Indian journal of veterinary science and animal husbandry - Volume 2,
Year: 1932
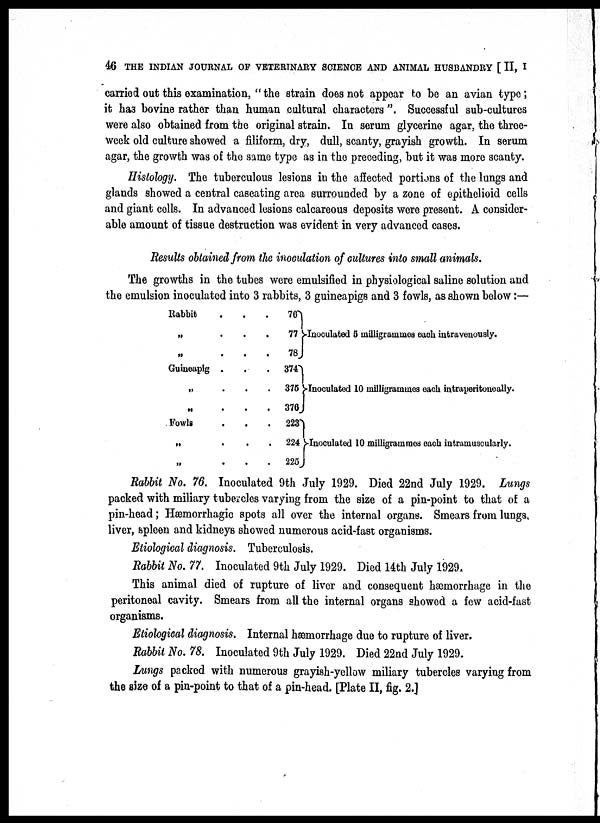
46 THE INDIAN JOURNAL OF VETERINARY SCIENCE AND ANIMAL HUSBANDRY [ II, I
carried out this examination, "the strain does not appear to be an avian type;
it has bovine rather than human cultural characters ". Successful sub-cultures
were also obtained from the original strain. In serum glycerine agar, the three-
week old culture showed a filiform, dry, dull, scanty, grayish growth. In serum
agar, the growth was of the same type as in the preceding, but it was more scanty.
Histology. The tuberculous lesions in the affected portions of the lungs and
glands showed a central caseating area surrounded by a zone of epithelioid cells
and giant cells. In advanced lesions calcareous deposits were present. A consider-
able amount of tissue destruction was evident in very advanced cases.
Results obtained from the inoculation of cultures into small animals.
The growths in the tubes were emulsified in physiological saline solution and
the emulsion inoculated into 3 rabbits, 3 guineapigs and 3 fowls, as shown below:—
Rabbit
„
„
Guineapig
„
„
Fowls
„
„
.
.
.
.
.
.
.
.
.
.
.
.
.
.
.
.
.
.
.
.
.
.
.
.
.
.
.
76
77
78
374
375
376
223
224
225
} Inoculated 5 milligrammes each intravenously.
} Inoculated 10 milligrammes each intraperitoneally.
} Inoculated 10 milligrammes each intramuscularly.
Rabbit No. 76. Inoculated 9th July 1929. Died 22nd July 1929. Lungs
packed with miliary tubercles varying from the size of a pin-point to that of a
pin-head ; Hæmorrhagic spots all over the internal organs. Smears from lungs,
liver, spleen and kidneys showed numerous acid-fast organisms.
Etiological diagnosis. Tuberculosis.
Rabbit No. 77. Inoculated 9th July 1929. Died 14th July 1929.
This animal died of rupture of liver and consequent hæmorrhage in the
peritoneal cavity. Smears from all the internal organs showed a few acid-fast
organisms.
Etiological diagnosis. Internal hæmorrhage due to rupture of liver.
Rabbit No. 78. Inoculated 9th July 1929. Died 22nd July 1929.
Lungs packed with numerous grayish-yellow miliary tubercles varying from
the size of a pin-point to that of a pin-head. [Plate II, fig. 2.]